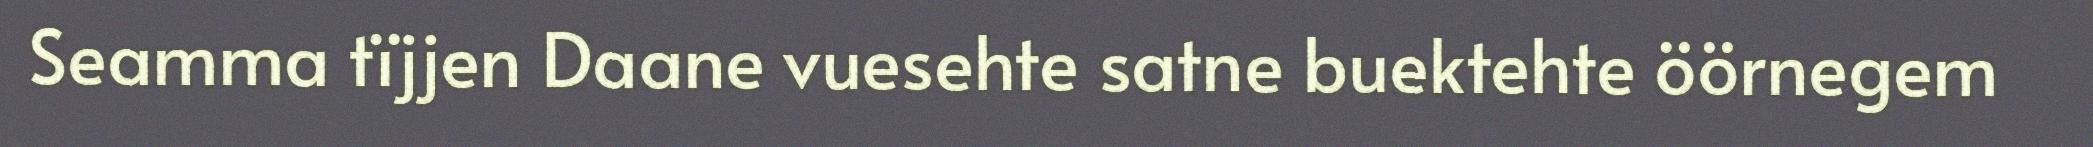
Seamma tïjjen Daane vuesehte satne buektehte öörnegem